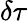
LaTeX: \delta\tau